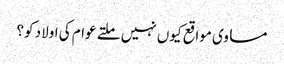
مساوی مواقع کیوں نہیں ملتے عوام کی اولاد کو؟